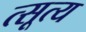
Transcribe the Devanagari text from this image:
त्सूत्य